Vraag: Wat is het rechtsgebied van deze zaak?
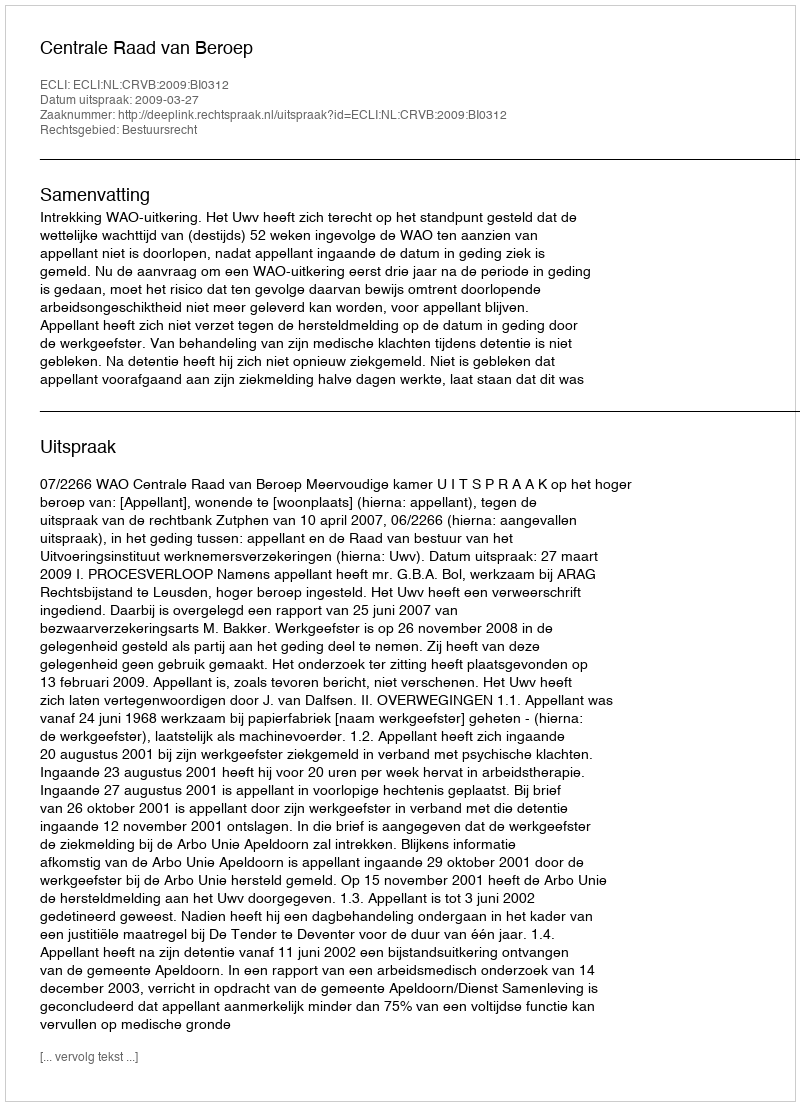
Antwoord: Bestuursrecht